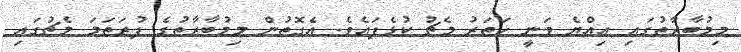
މިމުބާރާތުގައި އިއްޔެ ވަނީ ހަތަރު މެޗު ކުޅެފައެވެ. އެގޮތުން މިމުބާރާތުގެ ފުރަތަމަ މެޗުގައި